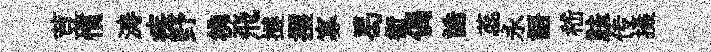
荳慣涛疾野彿飛撻攫寡曷銜偶誥蕊永語嵇胠传摄